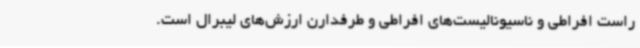
راست افراطی و ناسیونالیست‌های افراطی و طرفدارن ارزش‌های لیبرال است.